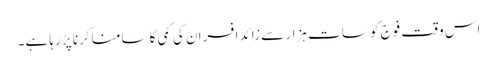
اس وقت فوج کو سات ہزار سے زائد افسران کی کمی کا سامنا کرنا پڑ رہا ہے۔